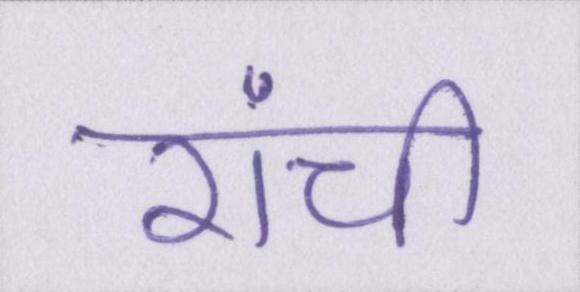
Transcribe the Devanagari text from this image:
रांची